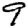
Digit: 9